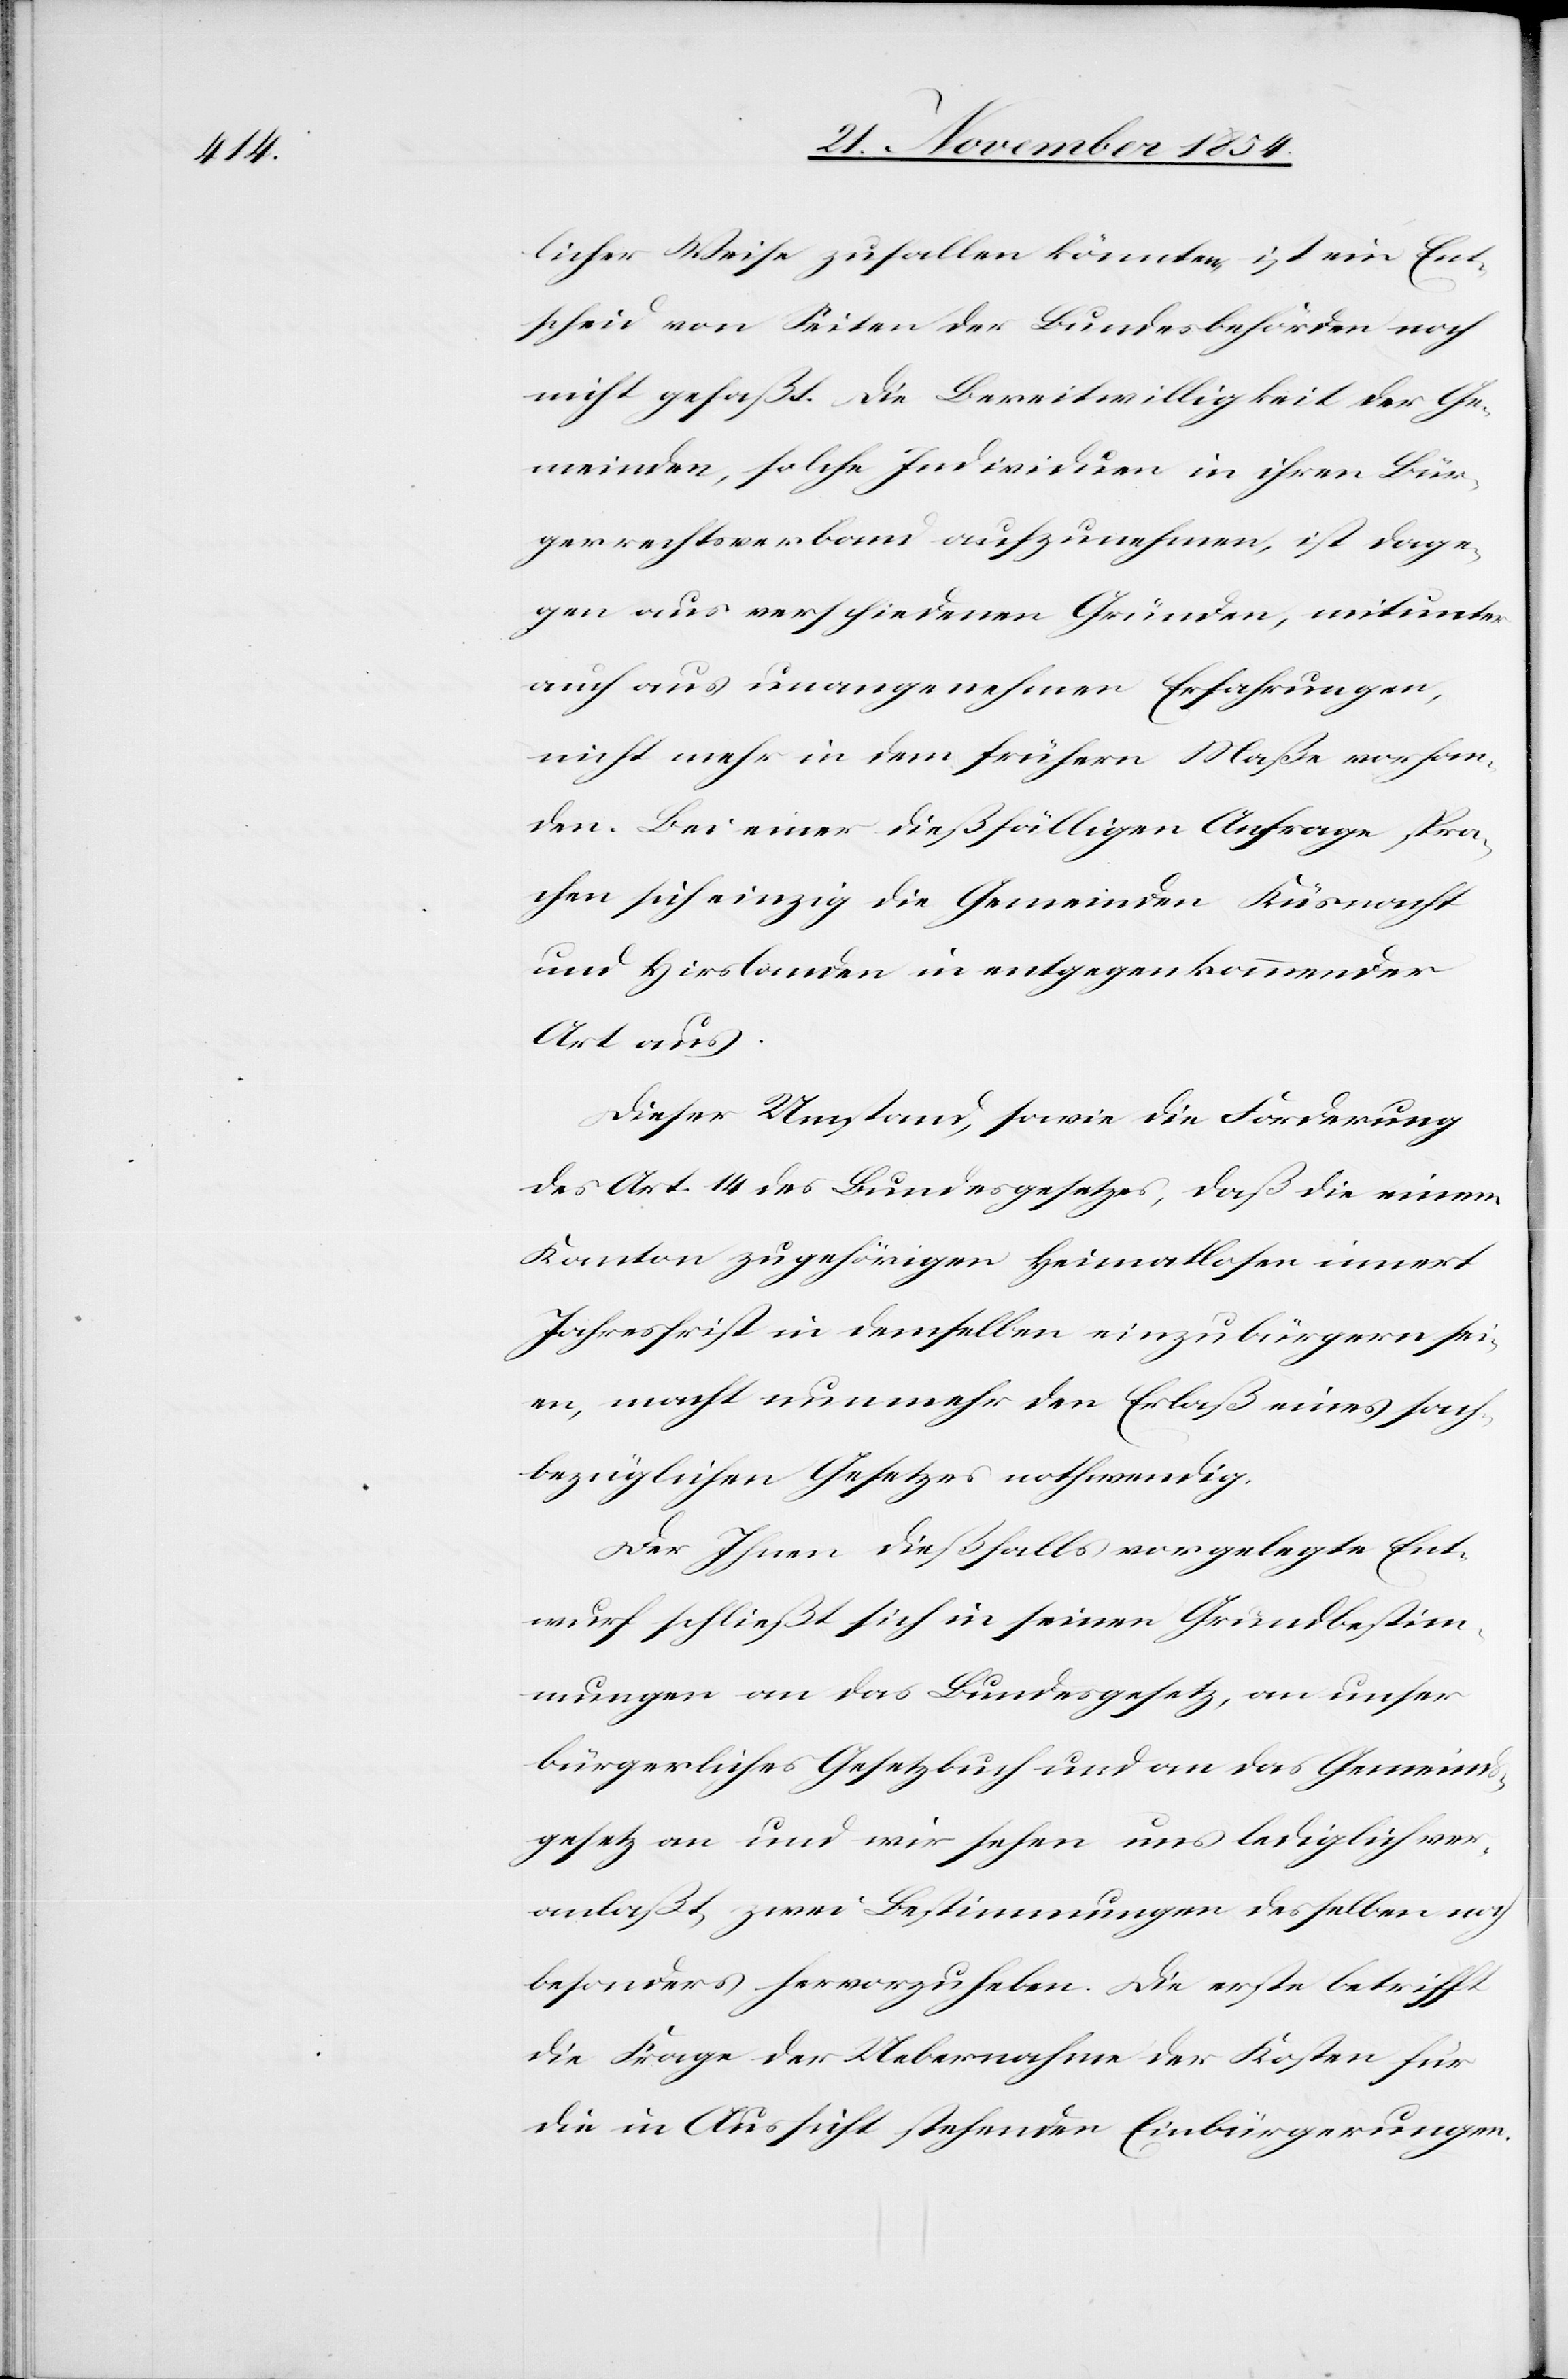
licher Weise zufallen könnten, ist ein Ent¬
scheid von Seiten der Bundesbehörden noch
nicht gefaßt. Die Bereitwilligkeit der Ge¬
meinden, solche Individuen in ihren Bür¬
gerrechtsverband aufzunehmen, ist dage¬
gen aus verschiedenen Gründen, mitunter
auch aus unangenehmen Erfahrungen,
nicht mehr in dem frühern Maße vorhan¬
den. Bei einer dießfälligen Anfrage spra¬
chen sich einzig die Gemeinden Küsnacht
und Hirslanden in entgegenkommender
Art aus.
Dieser Umstand, sowie die Forderung
des Art. 14 des Bundesgesetzes, daß die einem
Kanton zugehörigen Heimatlosen innert
Jahresfrist in demselben einzubürgern sei¬
en, macht nunmehr den Erlaß eines sach¬
bezüglichen Gesetzes nothwendig.
Der Ihnen dießfalls vorgelegte Ent¬
wurf schließt sich in seinen Grundbestim¬
mungen an das Bundesgesetz, an unser
bürgerliches Gesetzbuch und an das Gemeinds¬
gesetz an und wir sehen uns lediglich ver¬
anlaßt, zwei Bestimmungen desselben noch
besonders hervorzuheben. Die erste betrifft
die Frage der Uebernahme der Kosten für
die in Aussicht stehenden Einbürgerungen.